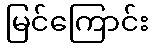
မြင်ကြောင်း